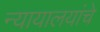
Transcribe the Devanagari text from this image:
न्यायालयांचे